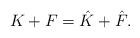
LaTeX: \begin{align*}K+F=\hat{K}+\hat{F}.\end{align*}